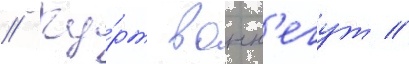
// Ку́рт вонн'егут //